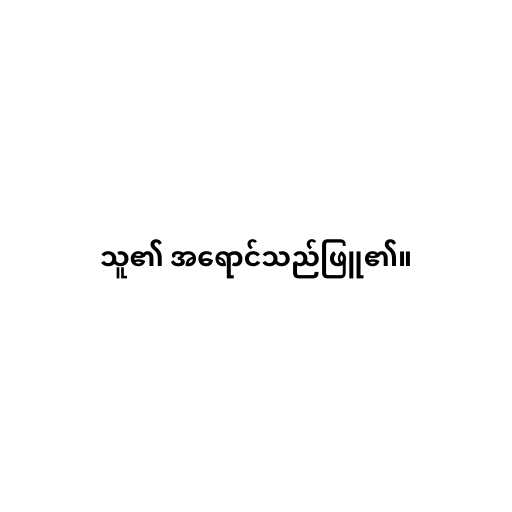
သူ၏ အရောင်သည်ဖြူ၏။